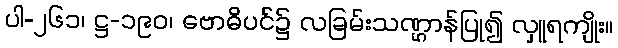
ပါ-၂၆၁၊ ဋ္ဌ-၁၉၀၊ ဗောဓိပင်၌ လခြမ်းသဏ္ဌာန်ပြု၍ လှူရကျိုး။